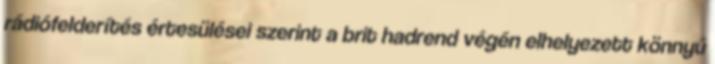
rádiófelderítés értesülései szerint a brit hadrend végén elhelyezett könnyű